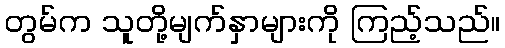
တွမ်က သူတို့မျက်နှာများကို ကြည့်သည်။